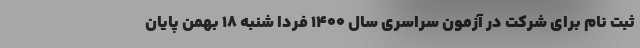
ثبت نام برای شرکت در آزمون سراسری سال ۱۴۰۰ فردا شنبه ۱۸ بهمن پایان